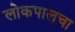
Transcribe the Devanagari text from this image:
लोकपालचा